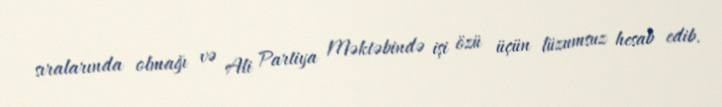
sıralarında olmağı və Ali Partiya Məktəbində işi özü üçün lüzumsuz hesab edib.